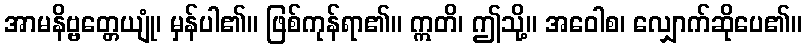
အာမနိဗ္ဗတ္တေယျုံ၊ မှန်ပါ၏။ ဖြစ်ကုန်ရာ၏။ ဣတိ၊ ဤသို့။ အဝေါစ၊ လျှောက်ဆိုပေ၏။